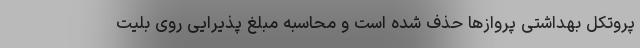
پروتکل بهداشتی پروازها حذف شده است و محاسبه مبلغ پذیرایی روی بلیت